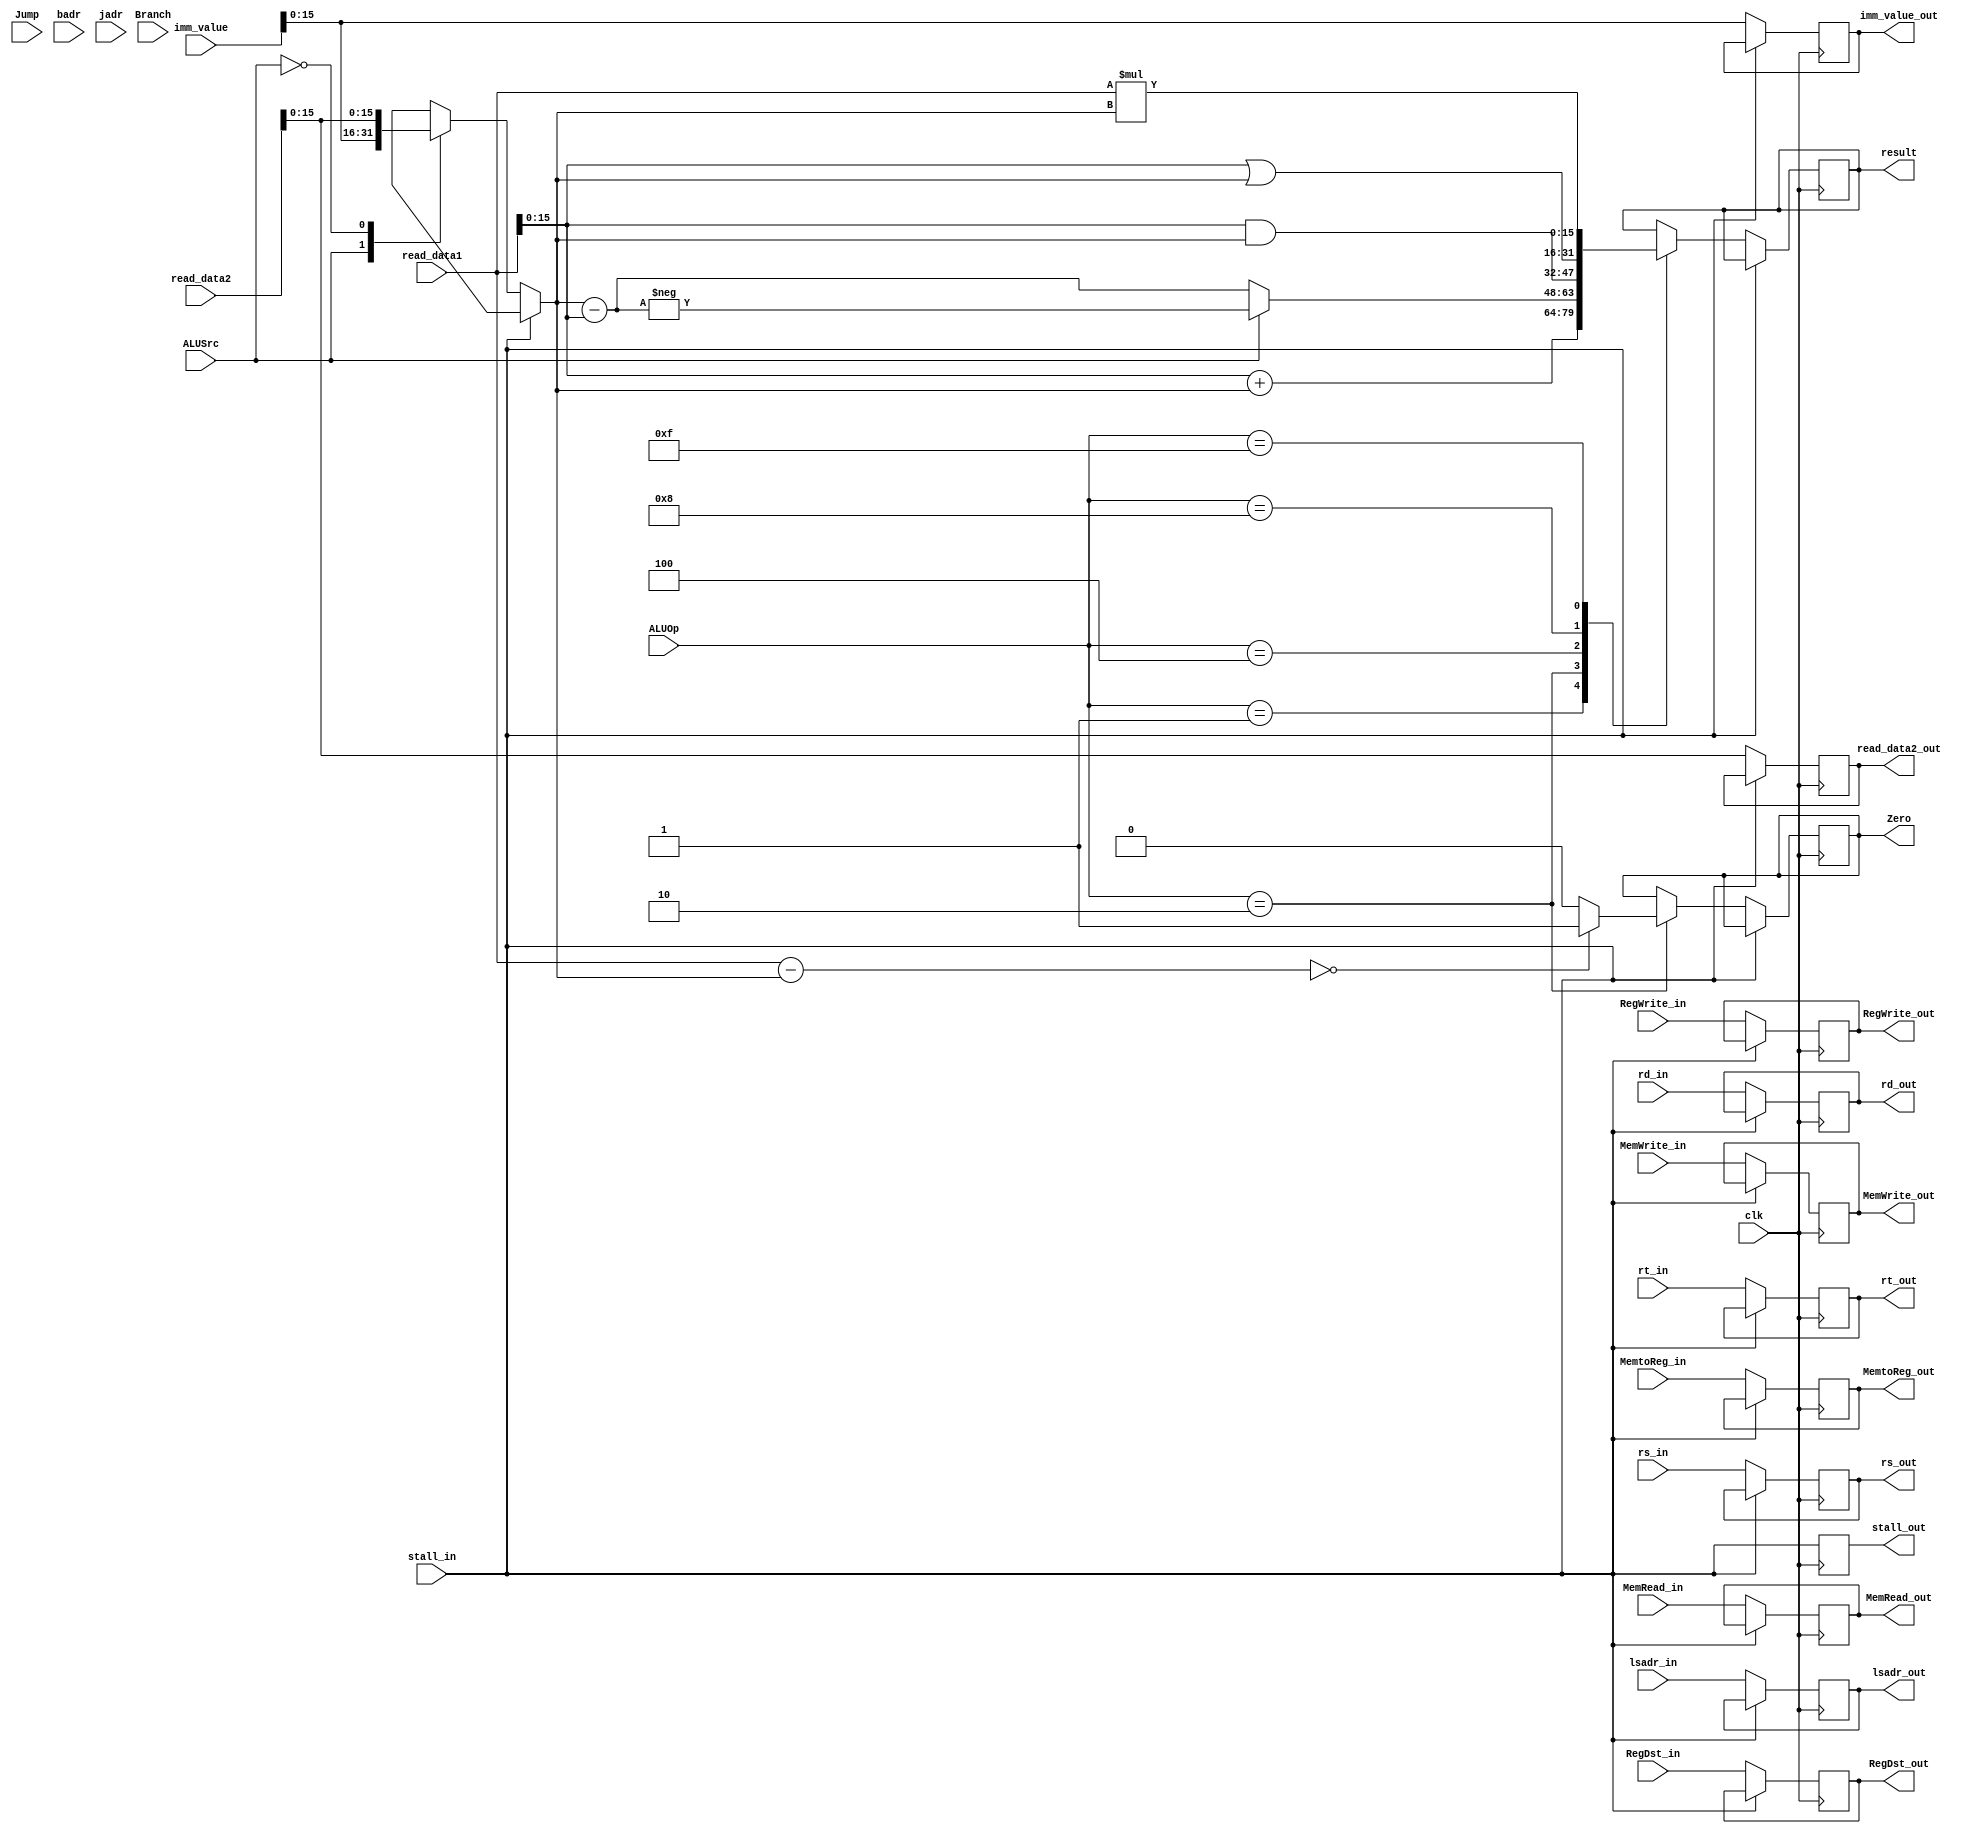
module ALU(
    input clk,
    input ALUSrc,
    input Jump,
    input Branch,
    input [3:0] rs_in,
    input [3:0] rt_in,
    input [3:0] rd_in,
    input [3:0] ALUOp,
    input [31:0] read_data1,
    input [31:0] read_data2,
    input [31:0] imm_value,
    input [11:0] badr,
    input [19:0] jadr,
    input [15:0] lsadr_in,
    input stall_in, RegDst_in, MemRead_in, MemtoReg_in, MemWrite_in, RegWrite_in,
    output reg stall_out, RegDst_out, MemRead_out, MemtoReg_out, MemWrite_out, RegWrite_out,
    output reg [3:0] rs_out,
    output reg [3:0] rt_out,
    output reg [3:0] rd_out,
    output reg [15:0] read_data2_out,
    output reg [15:0] imm_value_out,
    output reg [15:0] lsadr_out,
    output reg[15:0] result, 
    output reg Zero
);

reg [15:0] read_data;
integer fd;

always @(posedge clk) begin
    #4
    if(jump_stall.js==3)
        jump_stall.js=jump_stall.js-1;
    else begin
    stall_out = stall_in;
    if(!stall_in) begin
        RegDst_out = RegDst_in;
        MemRead_out = MemRead_in;
        MemtoReg_out = MemtoReg_in;
        MemWrite_out = MemWrite_in;
        RegWrite_out = RegWrite_in;
        rs_out = rs_in;
        rt_out = rt_in;
        rd_out = rd_in;
        read_data2_out = read_data2;
        imm_value_out = imm_value;
        lsadr_out = lsadr_in;

        case(ALUSrc)
            1'b1 :  read_data = imm_value;
            1'b0 :  read_data = read_data2;
        endcase

        case(ALUOp)
            4'b0001 :  result = read_data1 + read_data;
            4'b0010 : 
            begin
                result = read_data - read_data1;
                if(ALUSrc)
                    result = -result; 
                Zero = (read_data1-read_data==0)?1'b1 : 1'b0;
            end
            4'b0100 : result = read_data1 & read_data;
            4'b1000 : result = read_data1 | read_data;
            4'b1111 : result = read_data1 * read_data;
        endcase   
        if(Jump) 
            Program_Counter.PC = jadr; //Effective Address Calculation not needed as Absolute Addresses are used
        if(Branch) begin
            if(Zero) begin
                Program_Counter.PC = badr;
            end
            else
                Program_Counter.PC = Program_Counter.PC - 1;
        end
    end
    end
end
endmodule